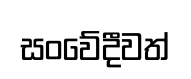
සංවේදීවත්